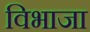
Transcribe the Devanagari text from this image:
विभाजा